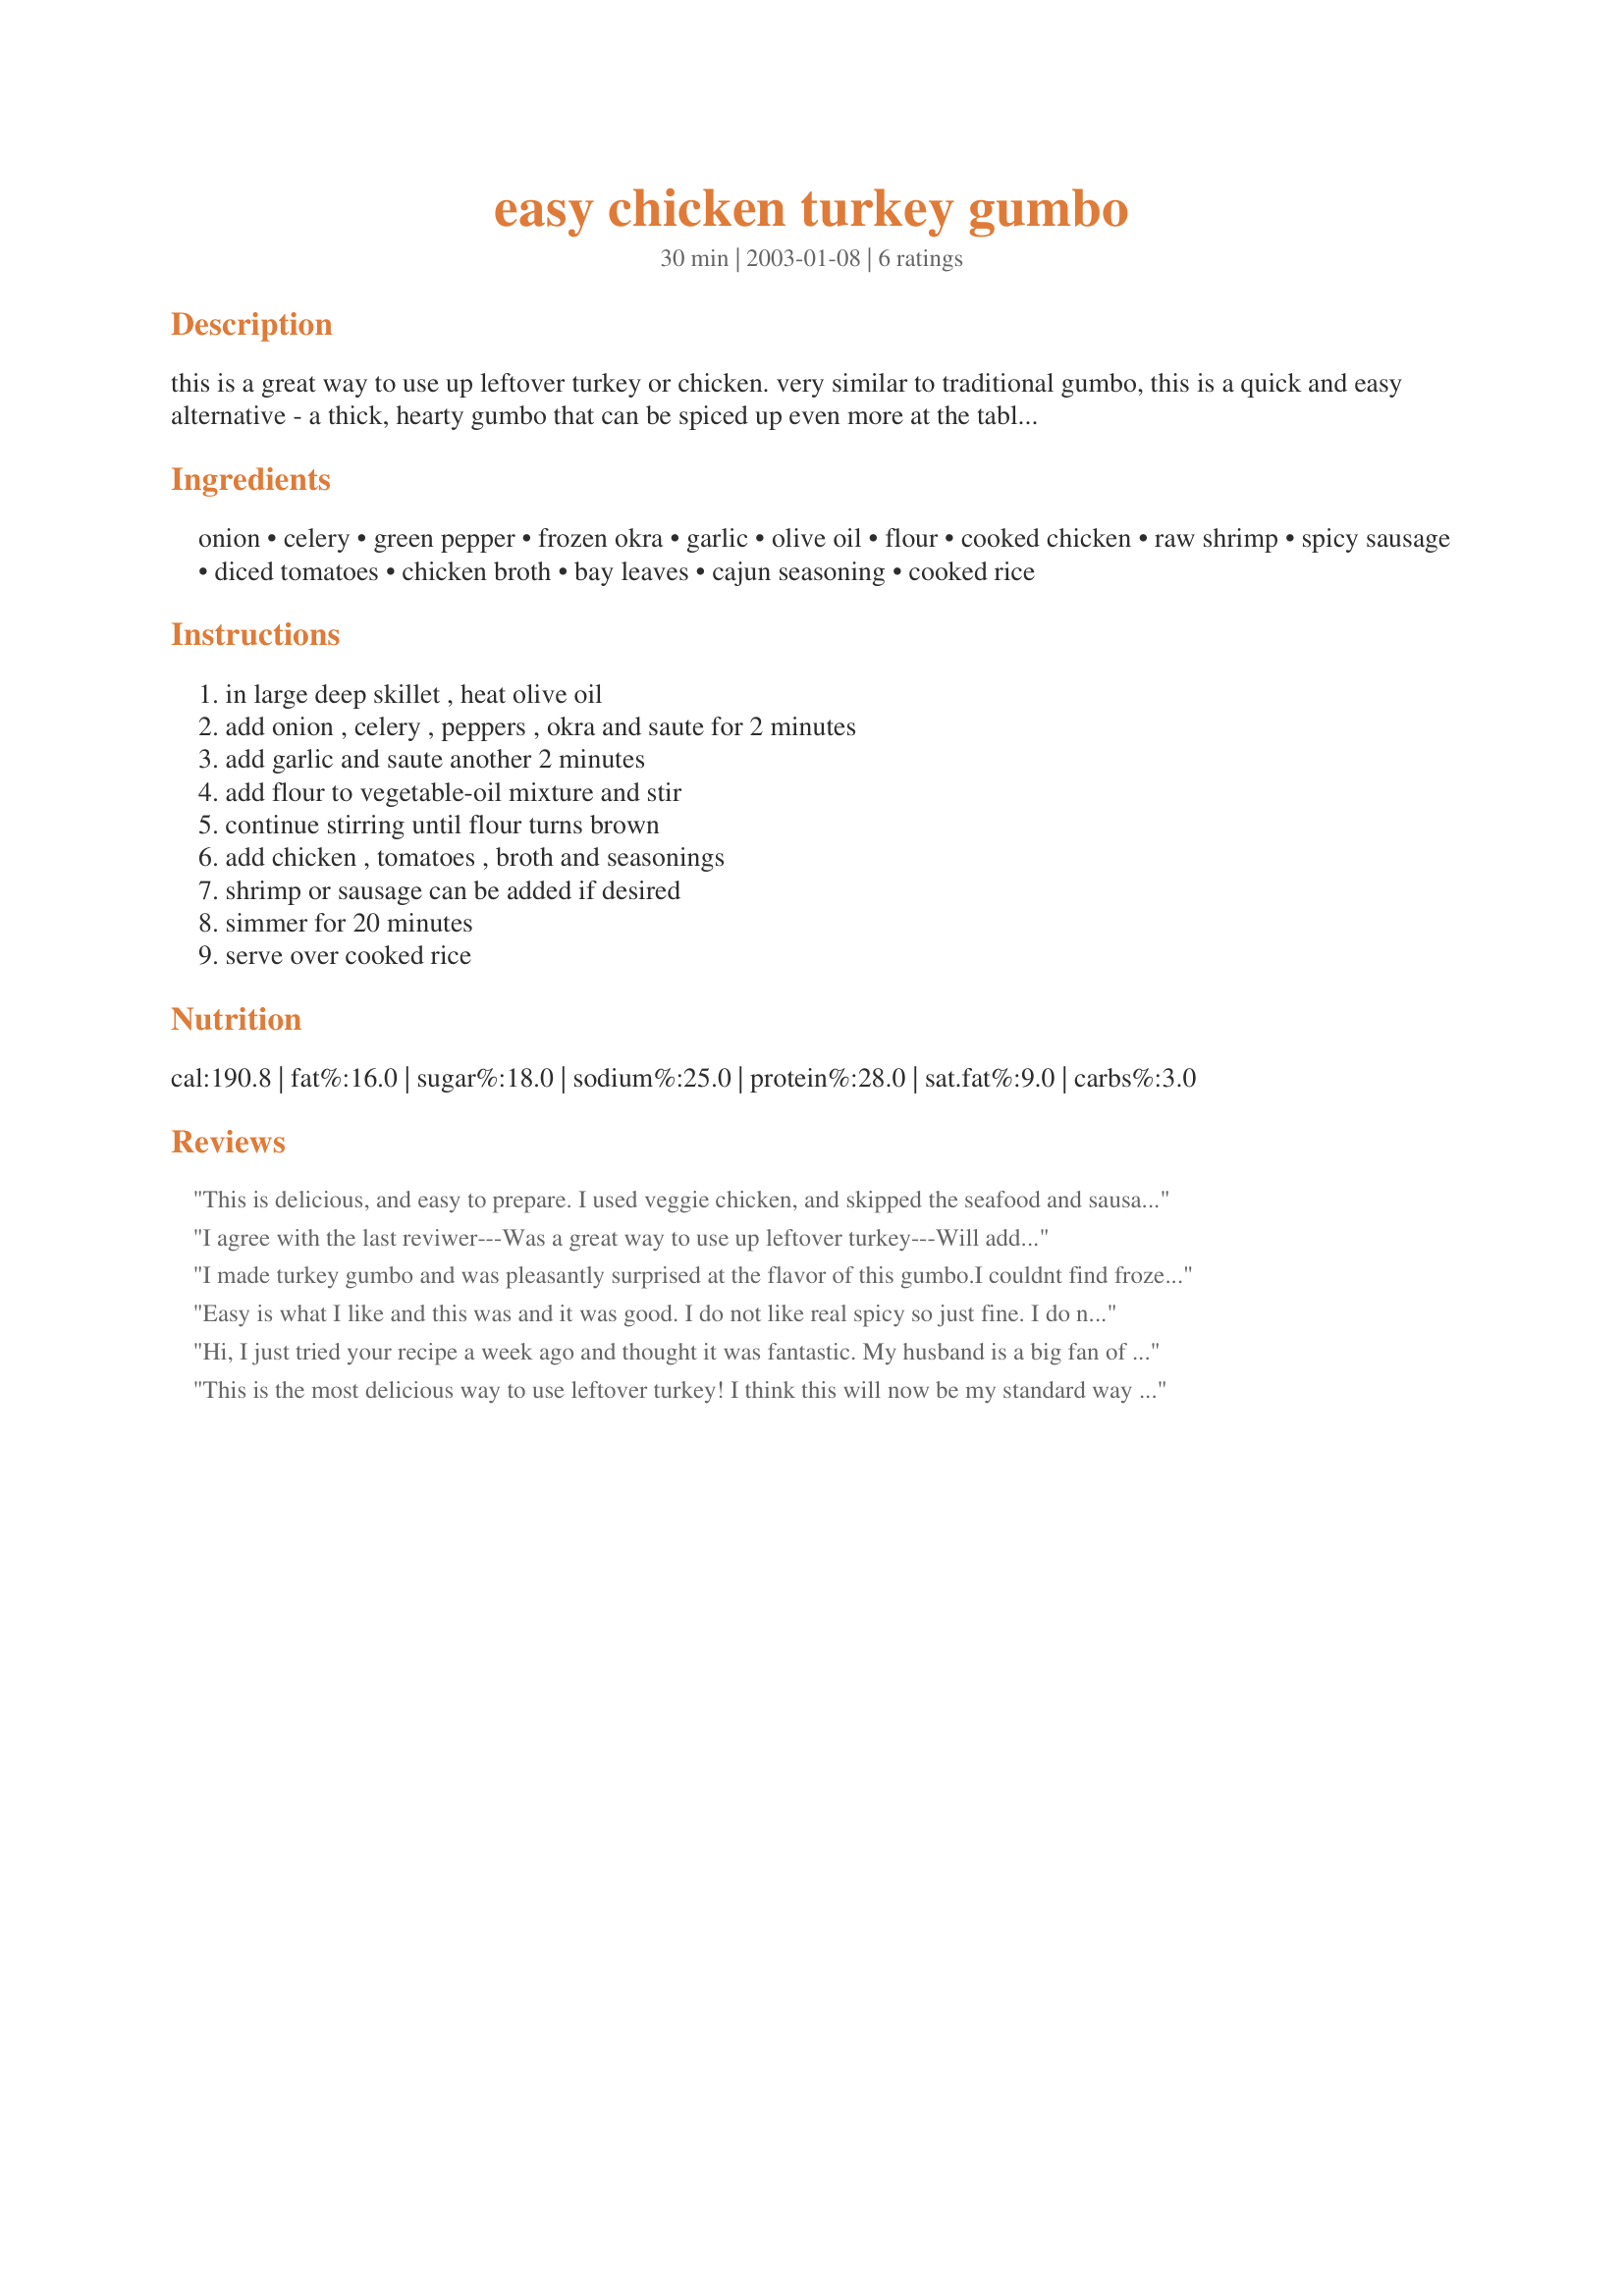
easy chicken turkey gumbo
Preparation time: 30 minutes

this is a great way to use up leftover turkey or chicken. very similar to traditional gumbo, this is a quick and easy alternative - a thick, hearty gumbo that can be spiced up even more at the table with some louisiana hot sauce and/or cajun seasoning. enjoy!

Ingredients:
onion, celery, green pepper, frozen okra, garlic, olive oil, flour, cooked chicken, raw shrimp, spicy sausage, diced tomatoes, chicken broth, bay leaves, cajun seasoning, cooked rice

Steps:
in large deep skillet , heat olive oil, add onion , celery , peppers , okra and saute for 2 minutes, add garlic and saute another 2 minutes, add flour to vegetable-oil mixture and stir, continue stirring until flour turns brown, add chicken , tomatoes , broth and seasonings, shrimp or sausage can be added if desired, simmer for 20 minutes, serve over cooked rice

Reviews:
This is delicious, and easy to prepare. I used veggie chicken, and skipped the seafood and sausage. I also crumbled veggie bacon on top for some extra flavor and texture. My vegetarian husband gave it high marks. Thanks so much.
I agree with the last reviwer---Was a great way to use up leftover turkey---Will add this to my list of favorites. Thanks
I made turkey gumbo and was pleasantly surprised at the flavor of this gumbo.I couldnt find frozen okra so I used 1 can,drained.It made so much I froze 3 meals..I used 2 cooked and diced italian sauge,I would recommend adding the sausage.I doubled the cajun seasoning..As well as salt and pepper..I did thicken mine slightly more..Thank U for this recipe another use for leftover turkey.....
Easy is what I like and this was and it was good. I do not like real spicy so just fine. I do not like Okra so I through in some corn. Used some Chicken and Shrimp. No sausage.
Hi, I just tried your recipe a week ago and thought it was fantastic. My husband is a big fan of Gumbo and it was a first time for me making Gumbo. Was very hearty and filling. Thank. I give it five stars
This is the most delicious way to use leftover turkey! I think this will now be my standard way to use turkey up after the holidays from now on. Everyone in my family really loved it...even after the 3rd day (it makes a LOT!). Great recipe, thanks for posting it!
